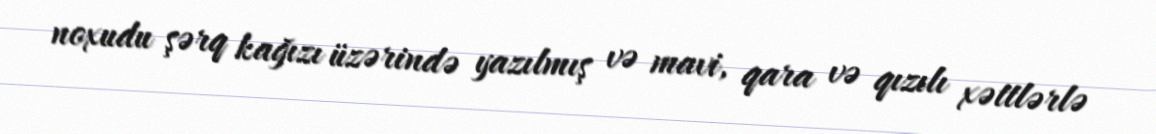
noxudu şərq kağızı üzərində yazılmış və mavi, qara və qızılı xəttlərlə